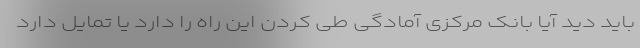
باید دید آیا بانک مرکزی آمادگی طی کردن این راه را دارد یا تمایل دارد